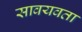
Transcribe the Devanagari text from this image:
सावयवता